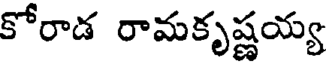
కోరాడ రామకృష్ణయ్య